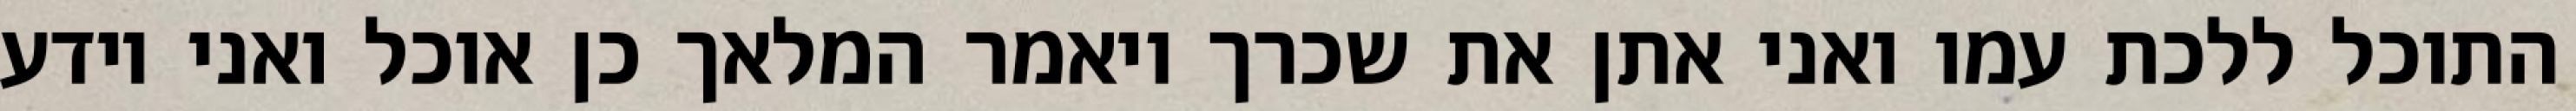
התוכל ללכת עמו ואני אתן את שכרך ויאמר המלאך כן אוכל ואני יודע